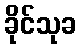
ခိုင်သုခ